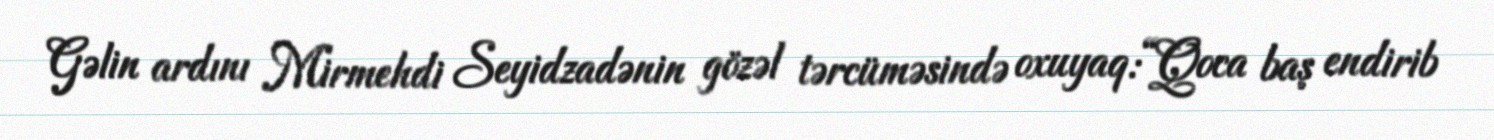
Gəlin ardını Mirmehdi Seyidzadənin gözəl tərcüməsində oxuyaq:“Qoca baş endirib